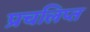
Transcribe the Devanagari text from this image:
प्रचलिप्त